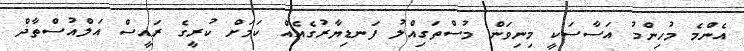
އެންމެ މުހިންމު އަސާސަކީ މިނިވަން މުސްތަގިއްލު ފަނޑިޔާރުގެއެއް ކަމަށް ކުރީގެ ރައީސް އަލްއުސްތާޛް